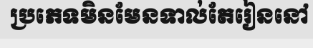
ប្រភេទមិនមែនទាល់តែរៀននៅ